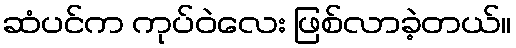
ဆံပင်က ကုပ်ဝဲလေး ဖြစ်လာခဲ့တယ်။